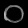
Digit: ၀